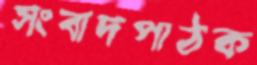
সংবাদপাঠক